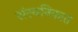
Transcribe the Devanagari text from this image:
संस्थनिकात